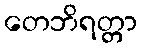
တေဘိရတ္တာ